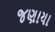
જણાયા